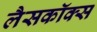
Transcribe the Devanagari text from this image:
लैसकॉक्स